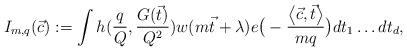
LaTeX: \begin{align*}I_{m,q}(\vec{c}):= \int h(\frac{q}{Q},\frac{G(\vec{t})}{Q^2}) w(m\vec{t}+\lambda) e\big(-\frac{\left< \vec{c},\vec{t} \right>}{mq} \big) dt_1\dots dt_d,\end{align*}